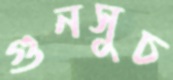
গুনসুচ